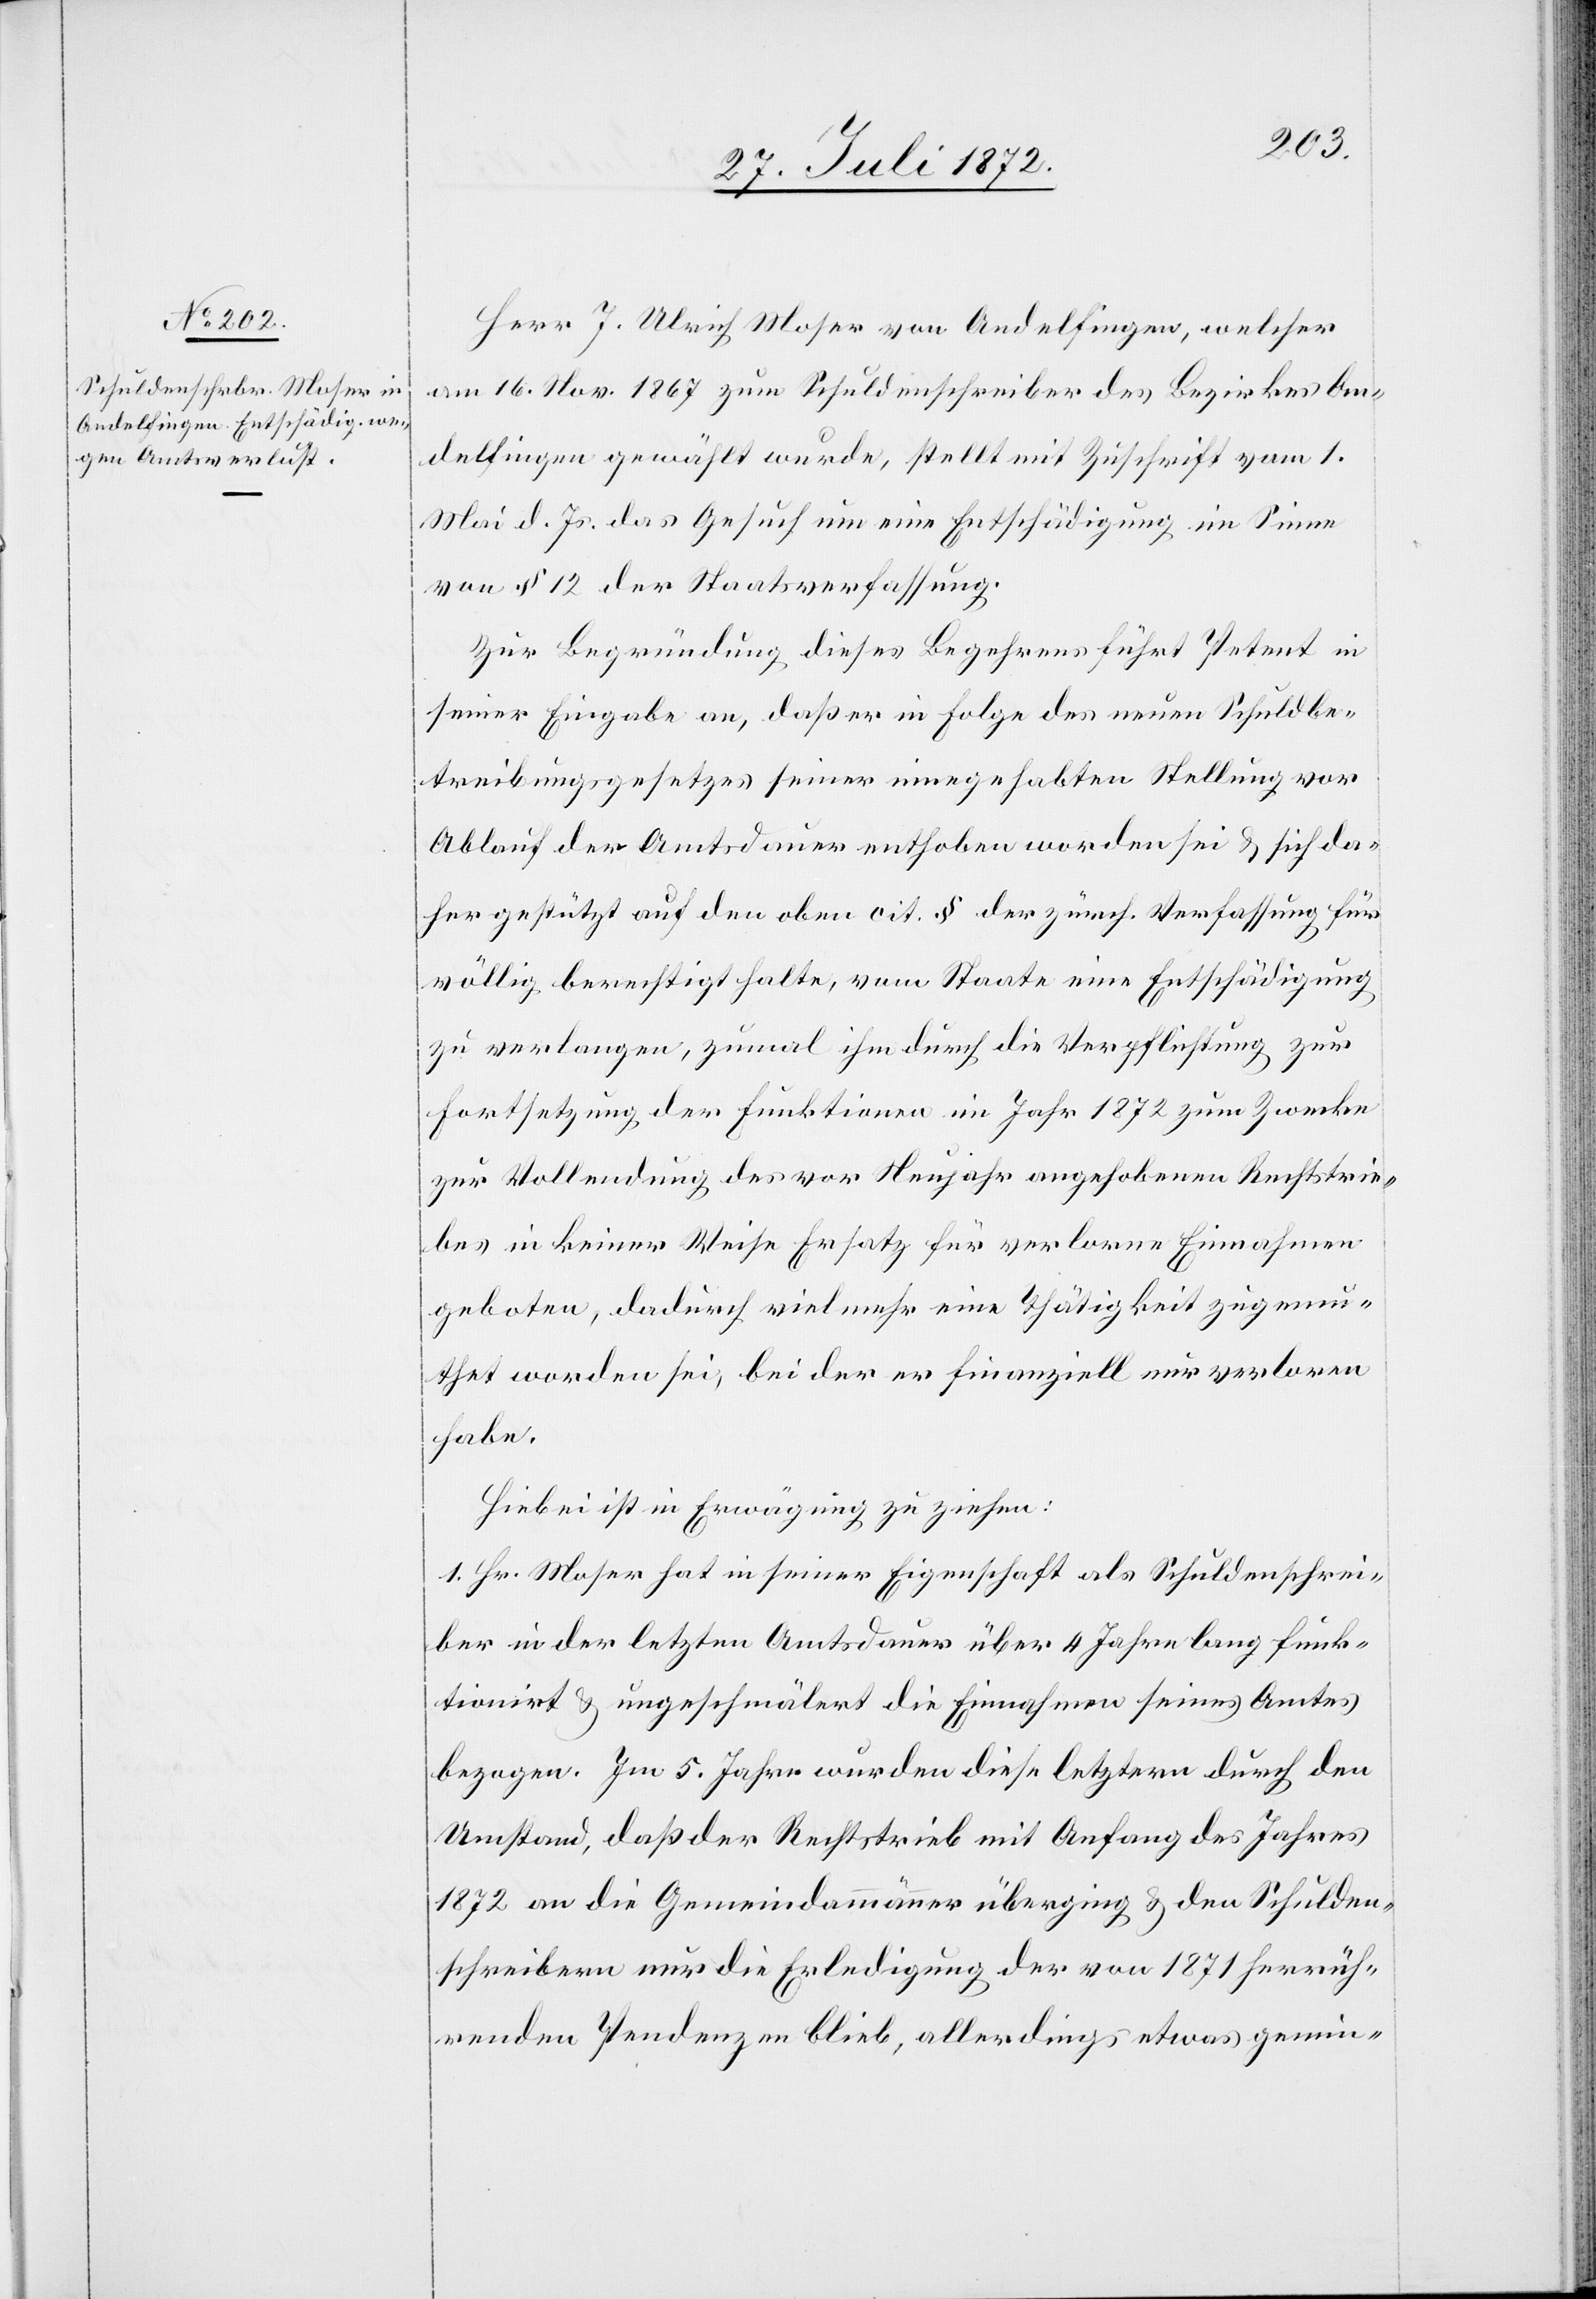
Herr J. Ulrich Moser von Andelfingen, welcher
am 16. Nov. 1867 zum Schuldenschreiber des Bezirkes An¬
delfingen gewählt wurde, stellt mit Zuschrift vom 1.
Mai d. Js. das Gesuch um Entschädigung im Sinne
von § 12 des Staatsverfassung.
Zur Begründung dieses Begehrens führt Petent in
seiner Eingabe an, daß er in Folge des neuen Schuldbe¬
treibungsgesetzes seiner eingehabten Stellung vor
Ablauf der Amtsdauer enthoben worden sei u. sich da¬
her gestützt auf den oben cit. § der zürch. Verfassung für
völlig berechtigt halte, vom Staate eine Entschädigung
zu verlangen, zumal ihm durch die Verpflichtung zur
Fortsetzung der Funktionen im Jahr 1872 zum Zwecke
zur Vollendung des vor Neujahr angehobenen Rechtstrie¬
bes in keiner Weise Ersatz für verlorene Einnahmen
geboten, dadurch vielmehr eine Thätigkeit zugemu¬
thet worden sei, bei der er finanziell nur verloren
habe.
Hiebei ist in Erwägung zu ziehen:
1. Hr. Moser hat in seiner Eigenschaft als Schuldenschrei¬
ber in der letzte Amtsdauer über 4 Jahre lang funk¬
tionirt u. ungeschmälert die Einnahmen seines Amtes
bezogen. Im 5. Jahr wurden diese letztern durch den
Umstand, daß der Rechtstrieb mit Anfang des Jahres
1872 an die Gemeindammänner überging u. den Schulden¬
schreibern nur die Erledigung der von 1871 herrüh¬
renden Pendenzen blieb, allerdings etwas gemin-